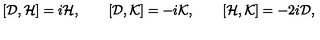
[ { \cal D } , { \cal H } ] = i { \cal H } , \qquad [ { \cal D } , { \cal K } ] = - i { \cal K } , \qquad [ { \cal H } , { \cal K } ] = - 2 i { \cal D } ,